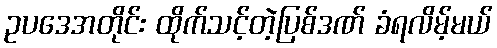
ဥပဒေအတိုင်း ထိုက်သင့်တဲ့ပြစ်ဒဏ် ခံရလိမ့်မယ်